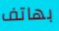
بهاتف